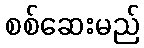
စစ်ဆေးမည်